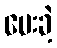
ပေးခဲ့